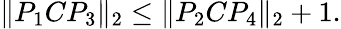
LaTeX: \| P_{1}CP_{3}\| _{2}\le\| P_{2}CP_{4}\| _{2}+1.